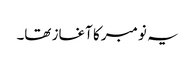
یہ نومبر کا آغاز تھا۔